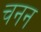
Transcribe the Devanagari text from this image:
चनन